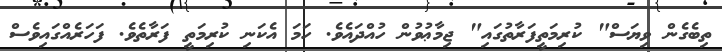
ތިބެގެން ވިޔަސް" ކުރިމަތީފަރާތުގައި" ޖިމާޢުވުން ހުއްދައެވެ. ހަމަ އެކަނި ކުރިމަތީ ފަރާތެވެ. ފަހަރެއްގައިވެސް